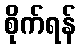
စိုက်ရန်